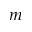
m